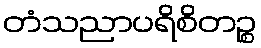
တံသညာပရိစိတဉ္စ